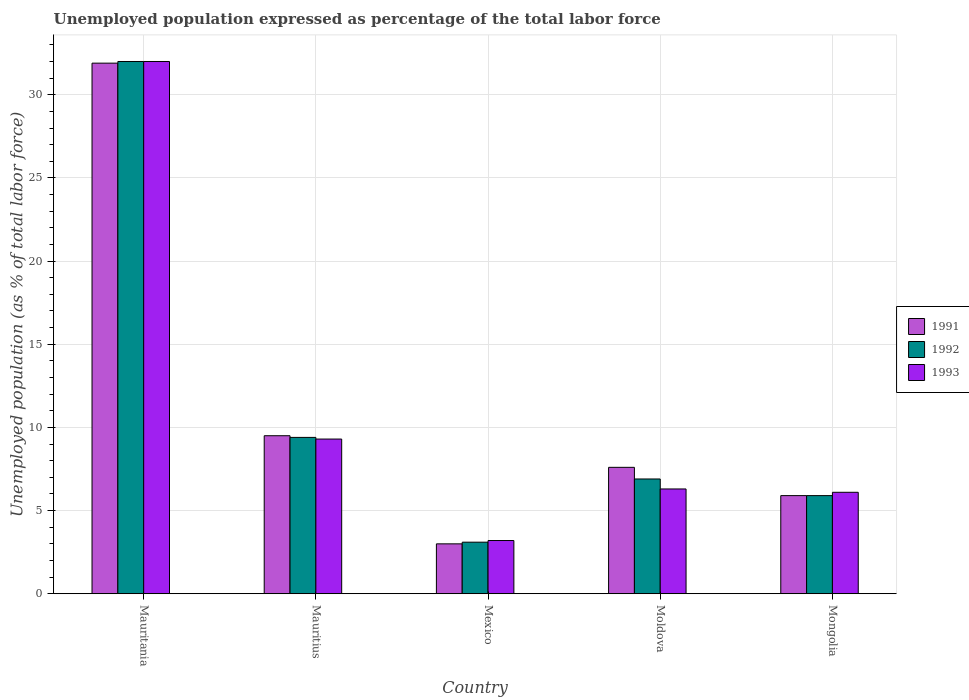
| Country | 1991 | 1992 | 1993 |
 | --- | --- | --- | --- |
 | Mauritania | 31.9 | 32 | 32 |
 | Mauritius | 9.5 | 9.4 | 9.3 |
 | Mexico | 3 | 3.1 | 3.2 |
 | Moldova | 7.6 | 6.9 | 6.3 |
 | Mongolia | 5.9 | 5.9 | 6.1 |